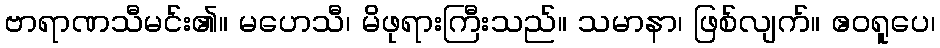
ဗာရာဏသီမင်း၏။ မဟေသီ၊ မိဖုရားကြီးသည်။ သမာနာ၊ ဖြစ်လျက်။ ဧဝရူပေ၊